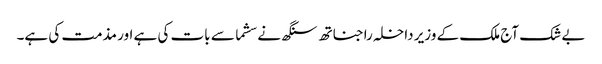
بے شک آج ملک کے وزیر داخلہ راجناتھ سنگھ نے سشما سے بات کی ہے اور مذمت کی ہے۔